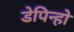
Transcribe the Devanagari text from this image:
डेपिन्हो